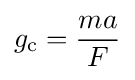
g_{\text{c}}={\frac {ma}{F}}